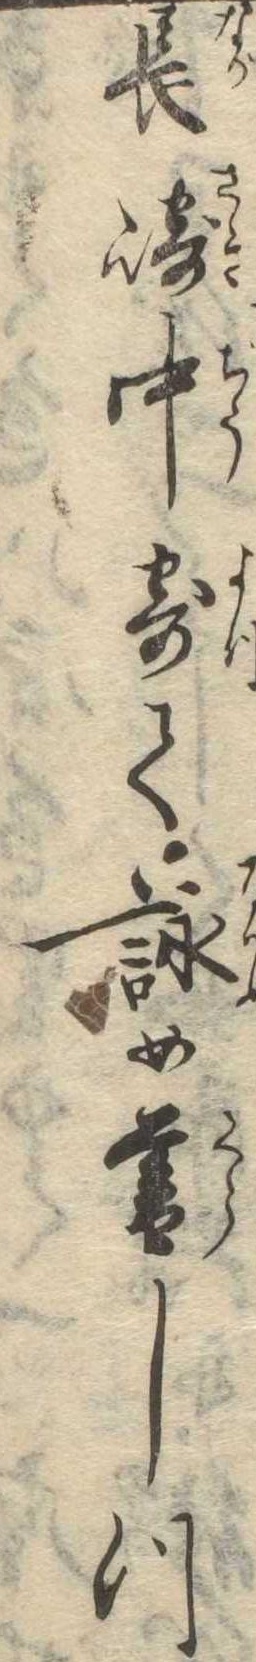
長崎中寄て詠め暮しつ